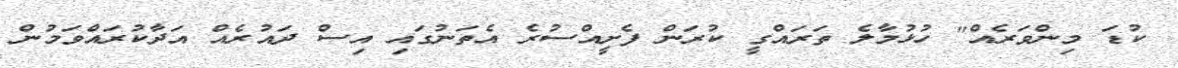
ކުޑަ މިންވަރެއް" ހުޅުމާލެ ތަރައްގީ ކުރަން ފެށީއްސުރެ އެތަނުގައި އިސް ދައުރެއް އަދާކުރައްވަމުން